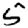
Digit: 5